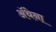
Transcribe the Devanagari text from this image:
ॲथेना